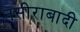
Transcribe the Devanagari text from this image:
नसीराबादी